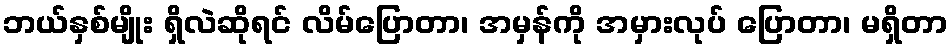
ဘယ်နှစ်မျိုး ရှိလဲဆိုရင် လိမ်ပြောတာ၊ အမှန်ကို အမှားလုပ် ပြောတာ၊ မရှိတာ